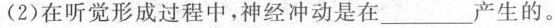
(2)在听觉形成过程中，神经冲动是在____产生的。